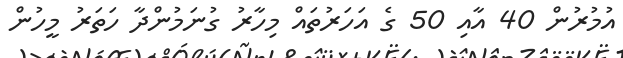
އުމުރުން 40 އާއި 50 ގެ އަހަރުތައް މިހާރު ގުނަމުންދާ ހަތަރު މީހުން